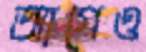
আগেও